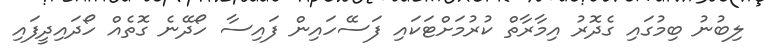
ލިބުނު ބިމުގައި ގެދޮރު އިމާރާތް ކުރުމަށްޓަކައި ފަސޭހައިން ފައިސާ ހޯދޭނެ ގޮތެއް ހޯދައިދީފައި